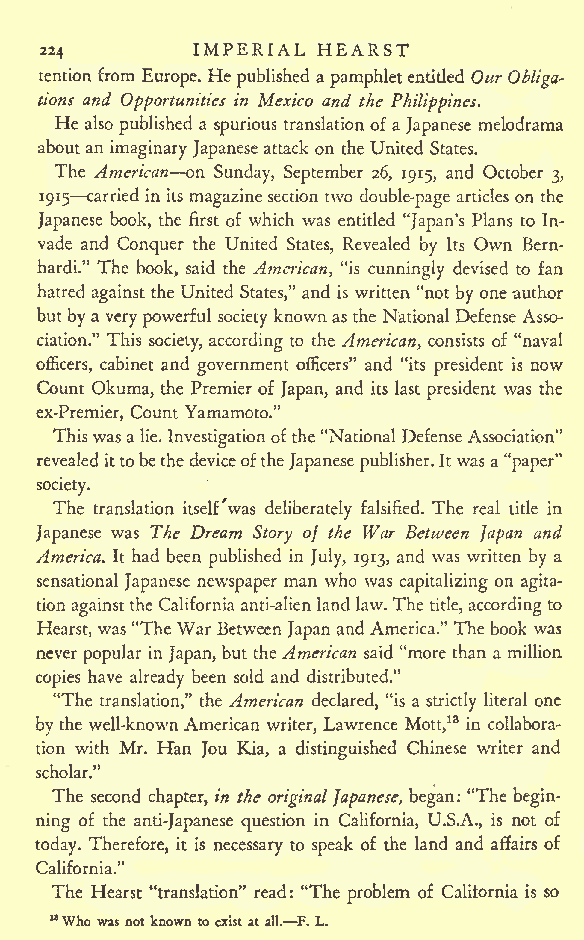
IMPERIAL HEARST
 224
 tendon from Europe. He published a pamphletentitled Our Obliga-
 tions and Opportunities in Mexico and the Philippines.
 He also published a spurious translation of a Japanese melodrama
 about an imaginary Japanese attack on the United States.
 The American on Sunday, September 26, 1915, and October 3,
 1915 carried inits magazinesection two double-page articles on the
 Japanese book, the first of which was entitled "Japan's Plans to In-
 vade and Conquer the United States, Revealed by Its Own Bern-
 hardi." The book, said the American, "is cunningly devised to fan
 hatred against the United States," and is written "not byoneauthor
 butbya verypowerful society knownas the NationalDefense Asso-
 ciation." This society, according to the American, consists of "naval
 officers, cabinet and government officers" and "its president is now
 Count Okuma, the Premier of Japan, and its last president was the
 ex-Premier, Count Yamamoto."
 Thiswasa lie.Investigationofthe"National Defense Association"
 revealedittobethedeviceoftheJapanesepublisher.Itwas a"paper"
 society.
 The translation itself was deliberately falsified. The real title in
 Japanese was The Dream Story of the War Between Japan and
 America. It had been published in July, 1913, and was written by a
 sensational Japanese newspaper man who was capitalizing on agita-
 tionagainstthe California anti-alienland law.The title, accordingto
 Hearst, was"The War Between JapanandAmerica." The book was
 never popular in Japan, but theAmerican said "more than a million
 copies have already been sold and distributed."
 "The translation," the American declared, "is a strictly literal one
 bythe well-known American writer, Lawrence Mott,13 in collabora-
 tion with Mr. Han Jou Kia, a distinguished Chinese writer and
 scholar."
 The second chapter, in the originalJapanese, began: "The begin-
 ning of the anti-Japanese question in California, U.S.A., is not of
 today. Therefore, it is necessary to speak of the land and affairs of
 California."
 The Hearst "translation" read : "The problem of California is so
 18Who was notknown to existat all. F. L.